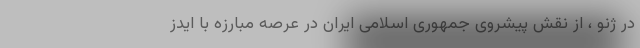
در ژنو ، از نقش پیشروی جمهوری اسلامی ایران در عرصه مبارزه با ایدز